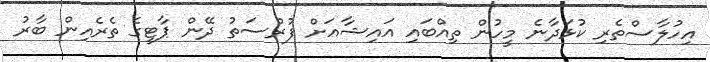
އިހުލާސްތެރި ކުޅަދާނެ މީހުން ތިއްބައި އައިޝާއަށް ފުރުސަތު ދޭން ޕާޓީގެ ތެރެއިން ބާރު